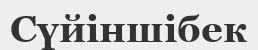
Сүйіншібек